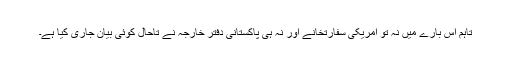
تاہم اس بارے میں نہ تو امریکی سفارتخانے اور نہ ہی پاکستانی دفتر خارجہ نے تاحال کوئی بیان جاری کیا ہے۔